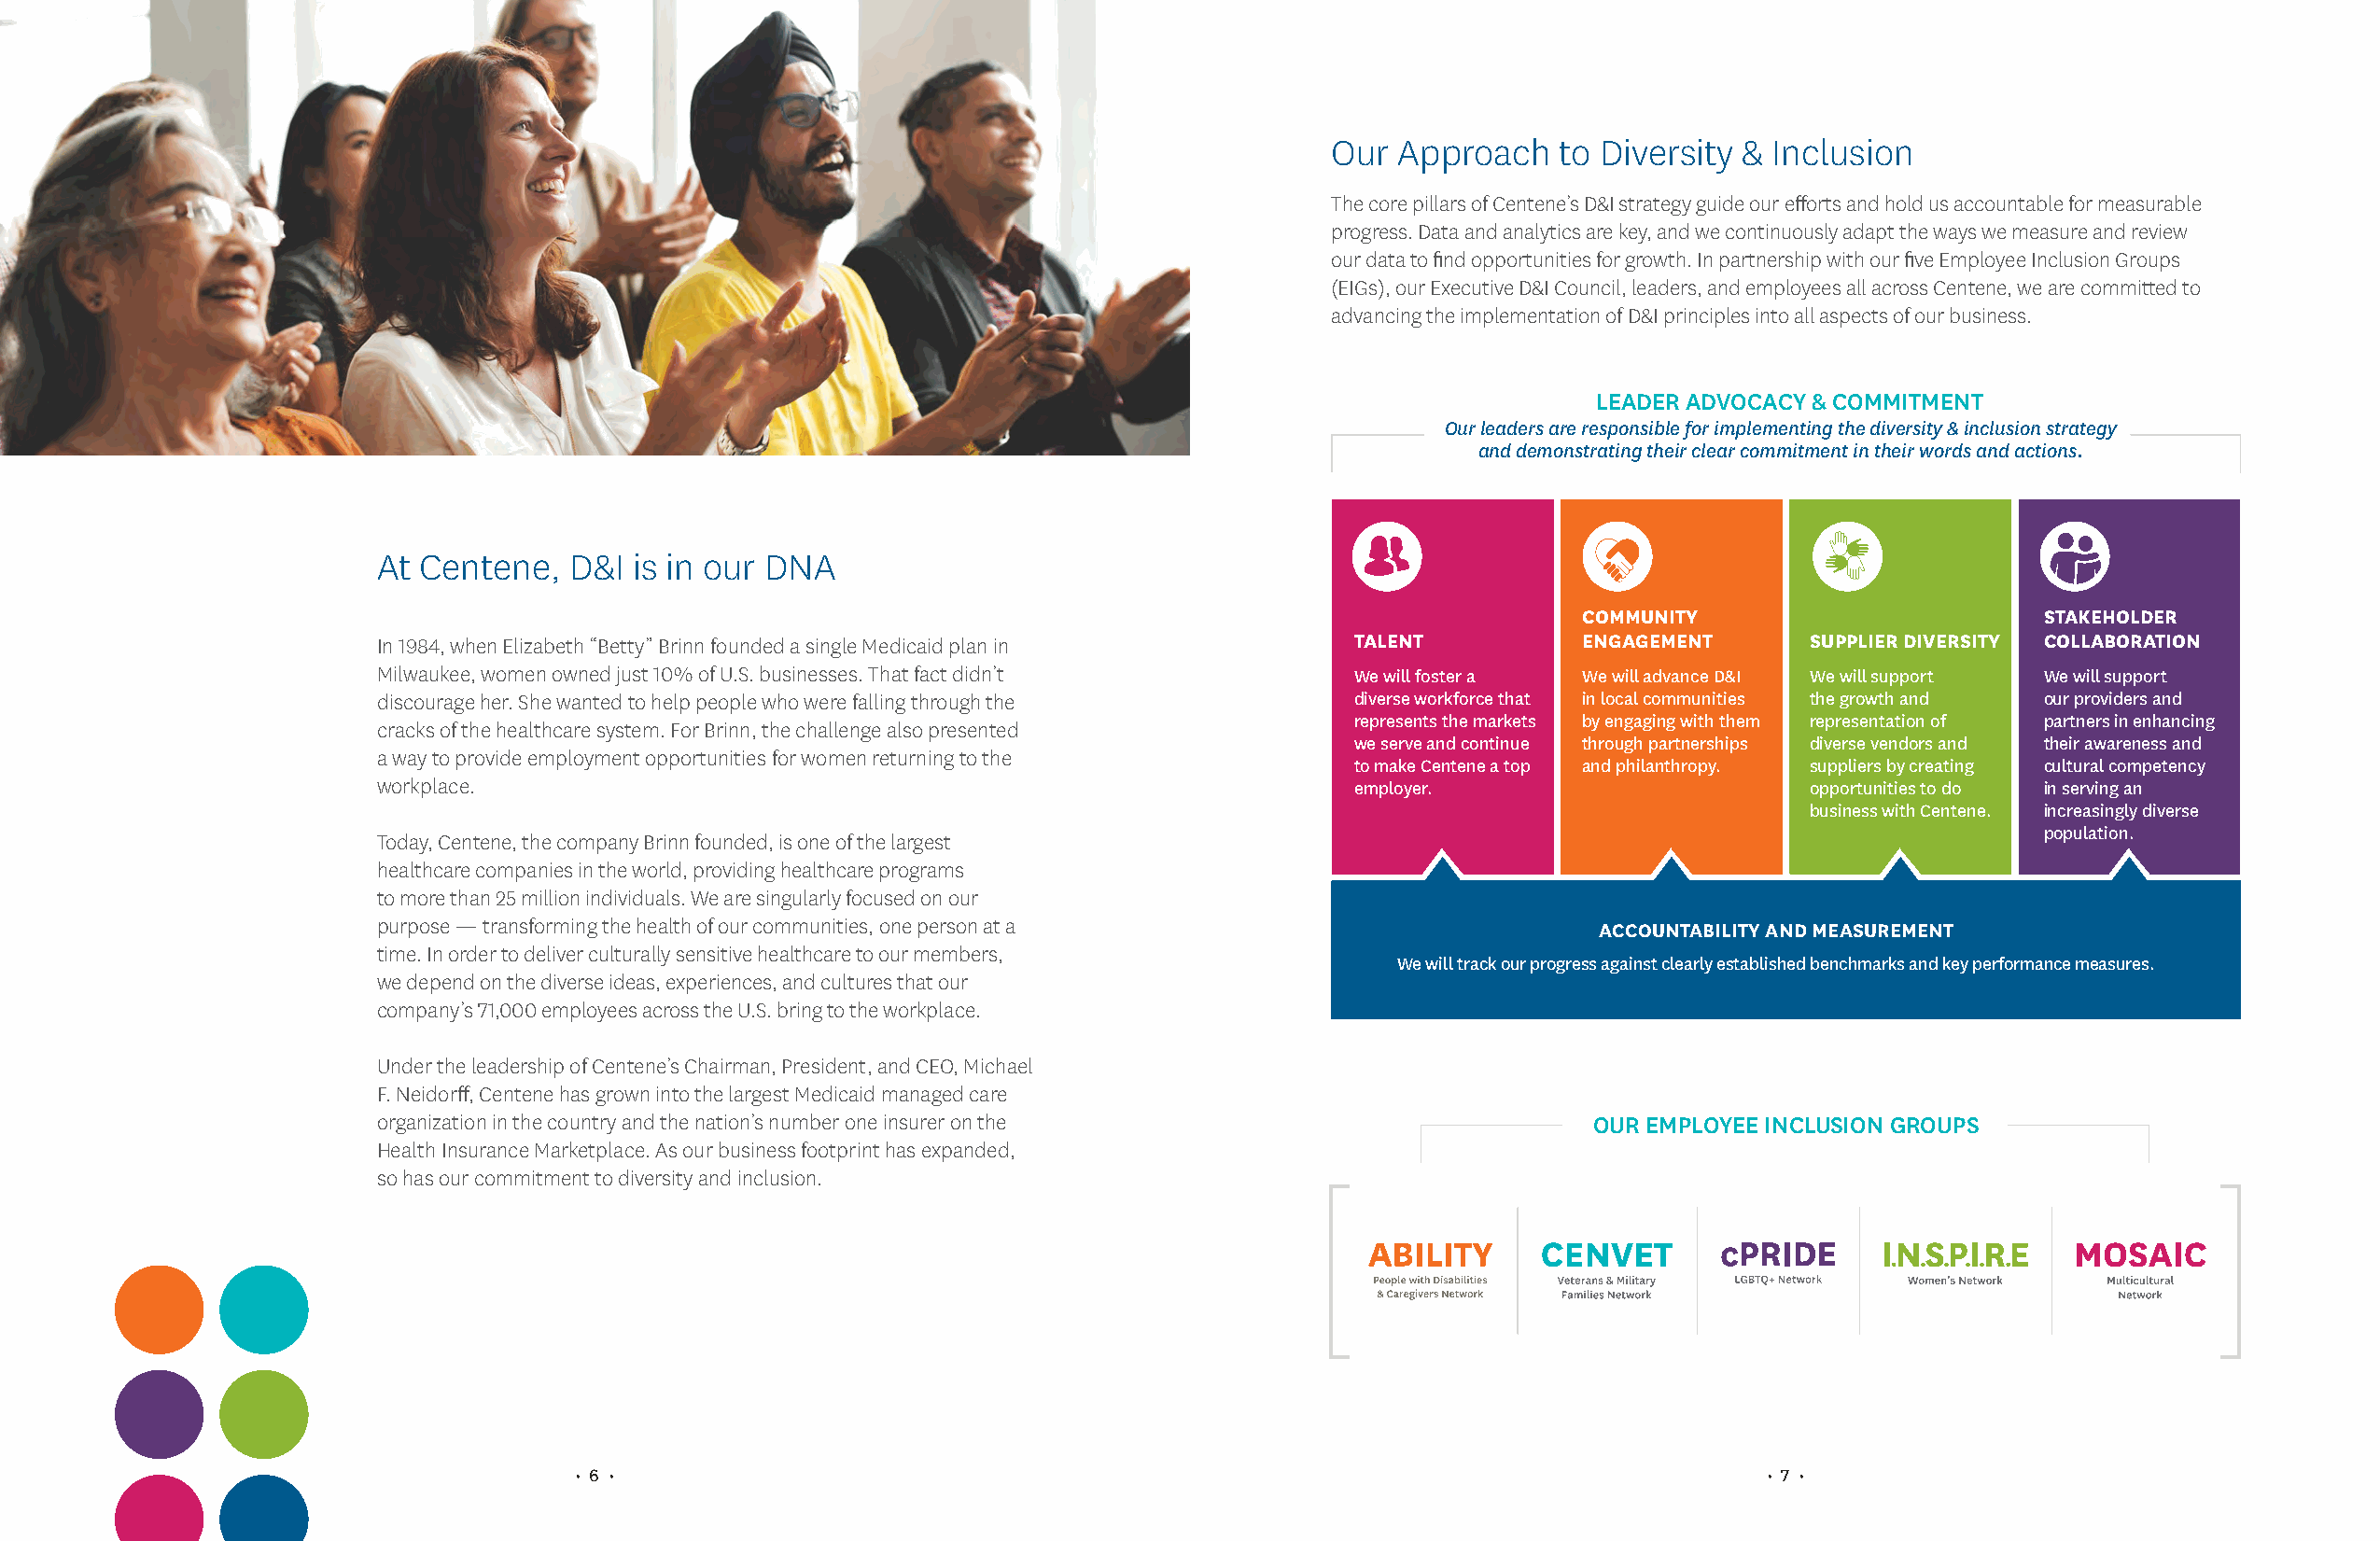
Our  Approach    to Diversity & Inclusion
 The core pillars of Centene’s D&I strategy guide our efforts and hold us accountable for measurable
 progress. Data and analytics are key, and we continuously adapt the ways we measure and review
 our data to find opportunities for growth. In partnership with our five Employee Inclusion Groups
 (EIGs), our Executive D&I Council, leaders, and employees all across Centene, we are committed to
 advancing the implementation of D&I principles into all aspects of our business.
 LEADER ADVOCACY & COMMITMENT
 Our leaders are responsible for implementing the diversity & inclusion strategy
 and demonstrating their clear commitment in their words and actions.
 At Centene,  D&I  is in our DNA
 COMMUNITY                        STAKEHOLDER
 In 1984, when Elizabeth “Betty” Brinn founded a single Medicaid plan in TALENT       ENGAGEMENT      SUPPLIER DIVERSITY COLLABORATION
 Milwaukee, women owned just 10% of U.S. businesses. That fact didn’t We will foster a We will advance D&I We will support We will support
 discourage her. She wanted to help people who were falling through the diverse workforce that in local communities the growth and our providers and
 represents the markets by engaging with them representation of partners in enhancing
 cracks of the healthcare system. For Brinn, the challenge also presented
 we serve and continue through partnerships diverse vendors and their awareness and
 a way to provide employment opportunities for women returning to the
 to make Centene a top and philanthropy. suppliers by creating cultural competency
 workplace.                                                           employer.                       opportunities to do in serving an
 business with Centene. increasingly diverse
 population.
 Today, Centene, the company Brinn founded, is one of the largest
 healthcare companies in the world, providing healthcare programs
 to more than 25 million individuals. We are singularly focused on our
 purpose — transforming the health of our communities, one person at a                 ACCOUNTABILITY AND MEASUREMENT
 time. In order to deliver culturally sensitive healthcare to our members,
 We will track our progress against clearly established benchmarks and key performance measures.
 we depend on the diverse ideas, experiences, and cultures that our
 company’s 71,000 employees across the U.S. bring to the workplace.
 Under the leadership of Centene’s Chairman, President, and CEO, Michael
 F. Neidorff, Centene has grown into the largest Medicaid managed care
 organization in the country and the nation’s number one insurer on the                OUR EMPLOYEE INCLUSION GROUPS
 Health Insurance Marketplace. As our business footprint has expanded,
 so has our commitment to diversity and inclusion.
 • 6 •                                                                               • 7 •